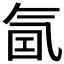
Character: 𰛁